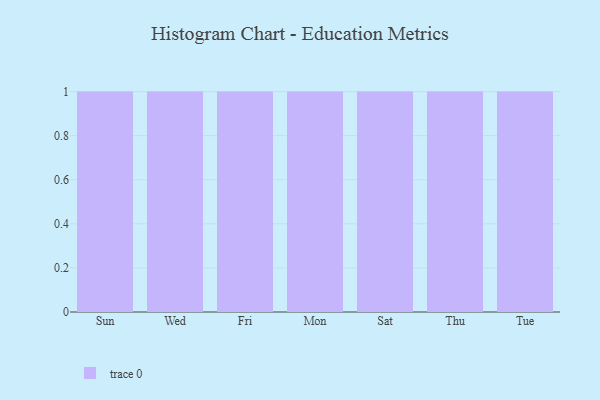
{"axis": {"x": "Day", "y": "Latency (ms)"}, "legend": [""], "data": [{"x": "Sun", "y": 47, "type": ""}, {"x": "Wed", "y": 92, "type": ""}, {"x": "Fri", "y": 79, "type": ""}, {"x": "Mon", "y": 68, "type": ""}, {"x": "Sat", "y": 42, "type": ""}, {"x": "Thu", "y": 84, "type": ""}, {"x": "Tue", "y": 83, "type": ""}]}